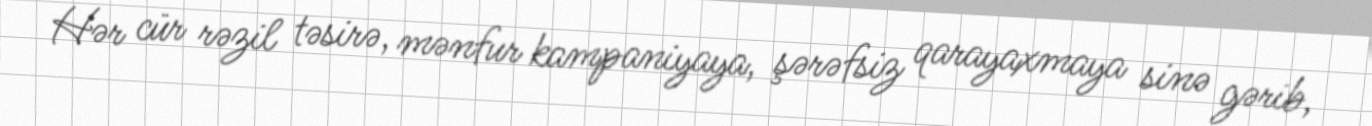
Hər cür rəzil təsirə, mənfur kampaniyaya, şərəfsiz qarayaxmaya sinə gərib,